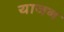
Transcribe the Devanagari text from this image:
याजन